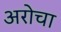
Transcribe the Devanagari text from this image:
अरोचा